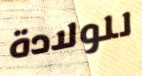
للولادة